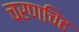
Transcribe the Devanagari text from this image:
चरणचिंह